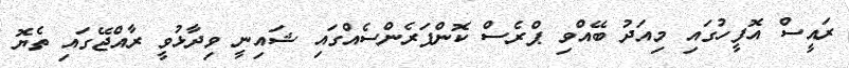
ރައީސް އޮފީހުގައި މިއަދު ބޭއްވި ޕްރެސް ކޮންފަރެންސެއްގައި ޝައިނީ ވިދާޅުވީ ރާއްޖޭގައި ތެޔޮ